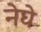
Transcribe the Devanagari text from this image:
नेघे